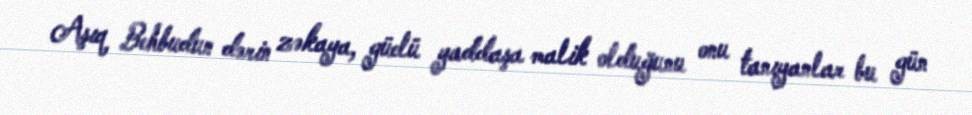
Aşıq Behbudun dərin zəkaya, güclü yaddaşa malik olduğunu onu tanıyanlar bu gün